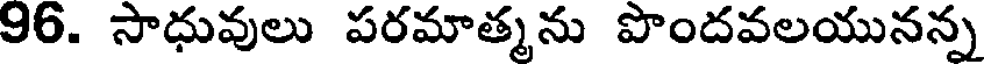
96. సాధువులు పరమాత్మను పొందవలయునన్న